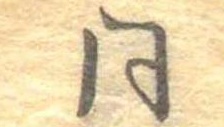
同